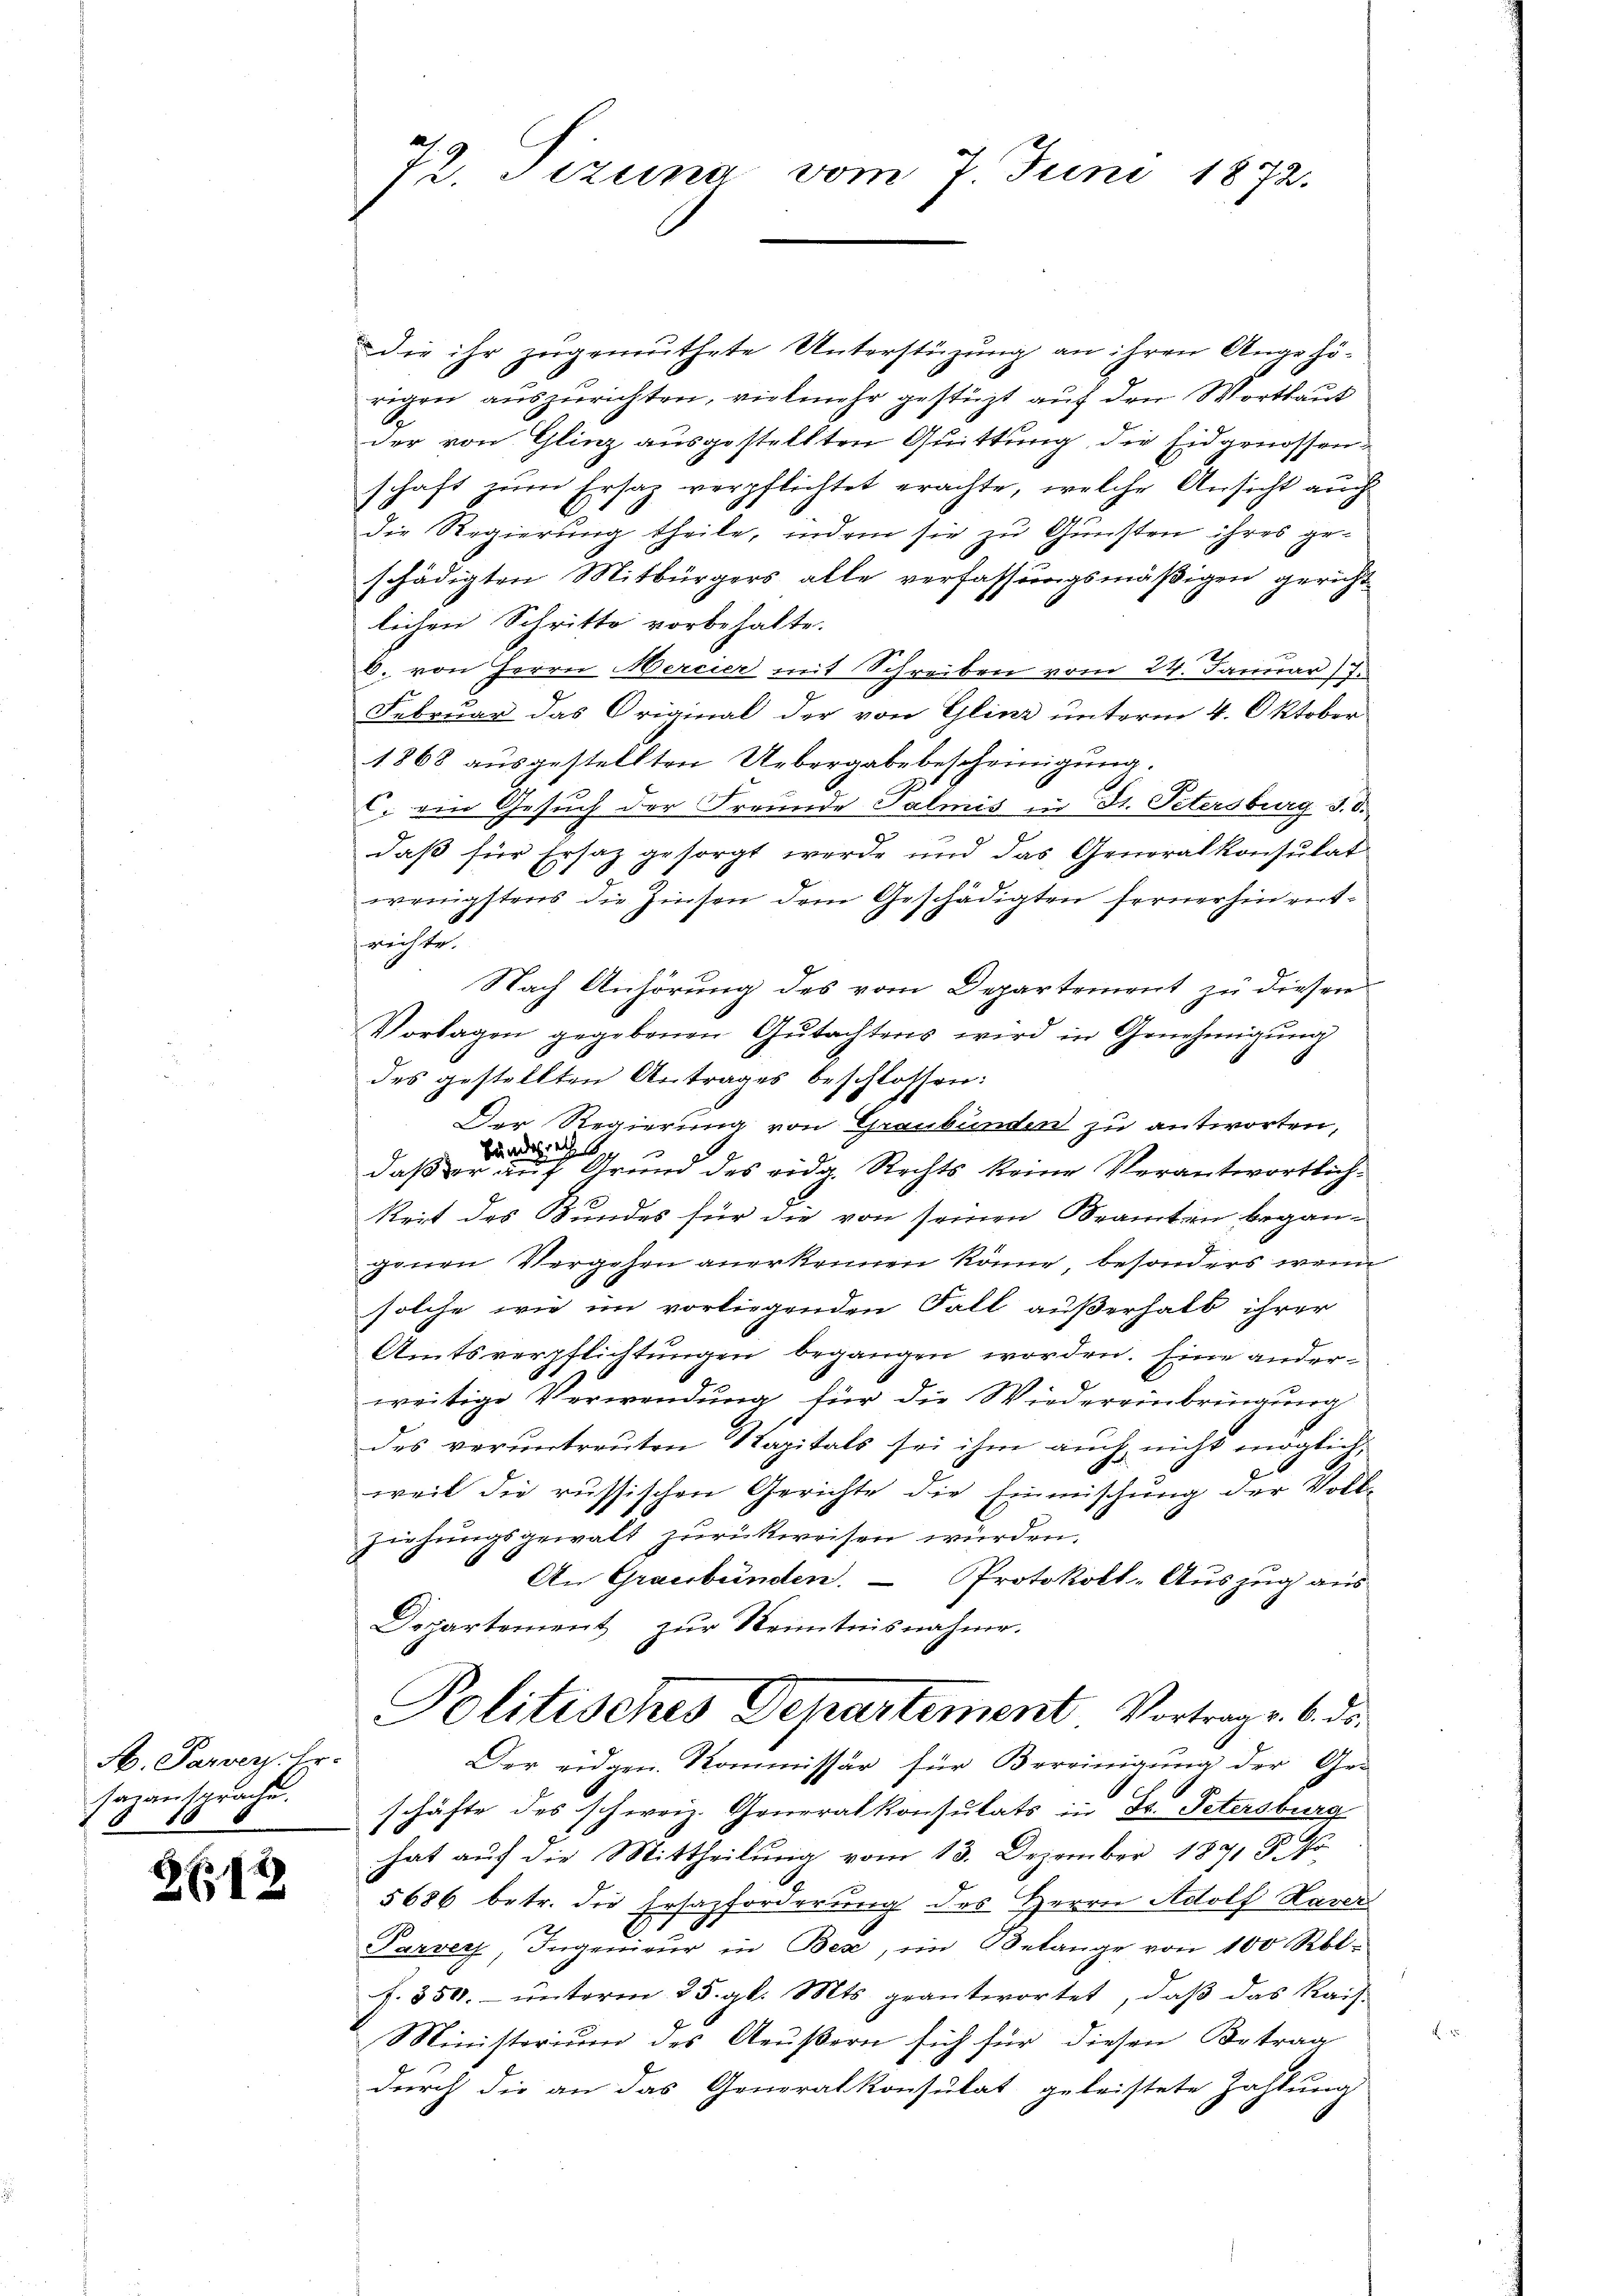
A. Parvers. Er-
sanansprache.
1 18

2/13

72. Sizung vom 7 Juni 1872.

Die ihr zugemuthete Unterstüzung an ihren Angehörigen auszurichten, vielmehr gestüzt auf den Wortlaut
der von Glinz ausgestellten Quittung, die Eidgenossen
schaft zum Ersaz verpflichtet erachte, welche Ansicht auch
die Regierung theile, indem sie zu Gunsten ihres geschädigten Mitbürgers alle verfassungsmäßigen gericht
lichen Schritte vorbehalte.
b. von Herrn Mercier mit Schreiben vom 24. Januar 7.
Februar das Original der von Glina unterm 4. Oktober
1868 ausgestellten Uebergabe bescheinigung.
C. ein Gesuch der Freunde Salmis in St. Petersburg d. d.
daß für Ersatz gesorgt werde und das Generalkonsulat
wenigstens die Zinsen dem Geschädigten fernerhin reitweichte
Nach Anhörung des vom Departement zu diesen
Vorlagen gegebenen Gŭtachteres wird in Genehmigŭng
des gestellten Antrages beschlossen:
Der Regierung von Graubünden zu antworten,
Bundes
daß er auf Grund des eidg. Rechts keine Verantwortlich¬
2
keit des Bundes für die von seinen Beamten begangenen Vergehen anerkennen könne, besonders wenn
solche wie im vorliegenden Fall außerhalb ihrer
Amtsverpflichtungen begangen worden. Eine anderweitige Verwendŭng für die Wiedereinbringung
des veruntreuten Kapitals sei ihm auch nicht möglich,
weil die russischen Gerichte die Einmischung der Vollziehungsgewalt zurückweisen würden.
An Graubünden. — Protokoll-Auszug aus
Departement zur Kenntnisnahme.
Politisches Departement Vortrags. 6. ds.
Der eidgen. Kommissär für Bereinigung der Ge-
schäfte des schweiz. Generalkonsulats in Fr. Petersburg
hat auf die Mittheilung vom 13. Dezember 1871 F. Jo
5686 betr. die Ersazforderung des Herrn Adolf Haver
Parver Ingenieur in Bex, im Belange von 100 Rbl.
f. 350. ŭnterm 25. gl. Mts. geantwortet, daβ das Kais.
Ministerium des Aeußern sich für diesen Betrag
durch die an das Generalkonsulat geleistete Zahlung